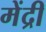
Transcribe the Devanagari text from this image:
मेंद्री